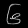
Digit: ၆